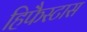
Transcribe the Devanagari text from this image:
हिफैस्टास